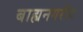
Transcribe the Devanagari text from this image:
बाह्यनगरीय